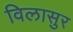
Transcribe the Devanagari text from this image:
विलासुर